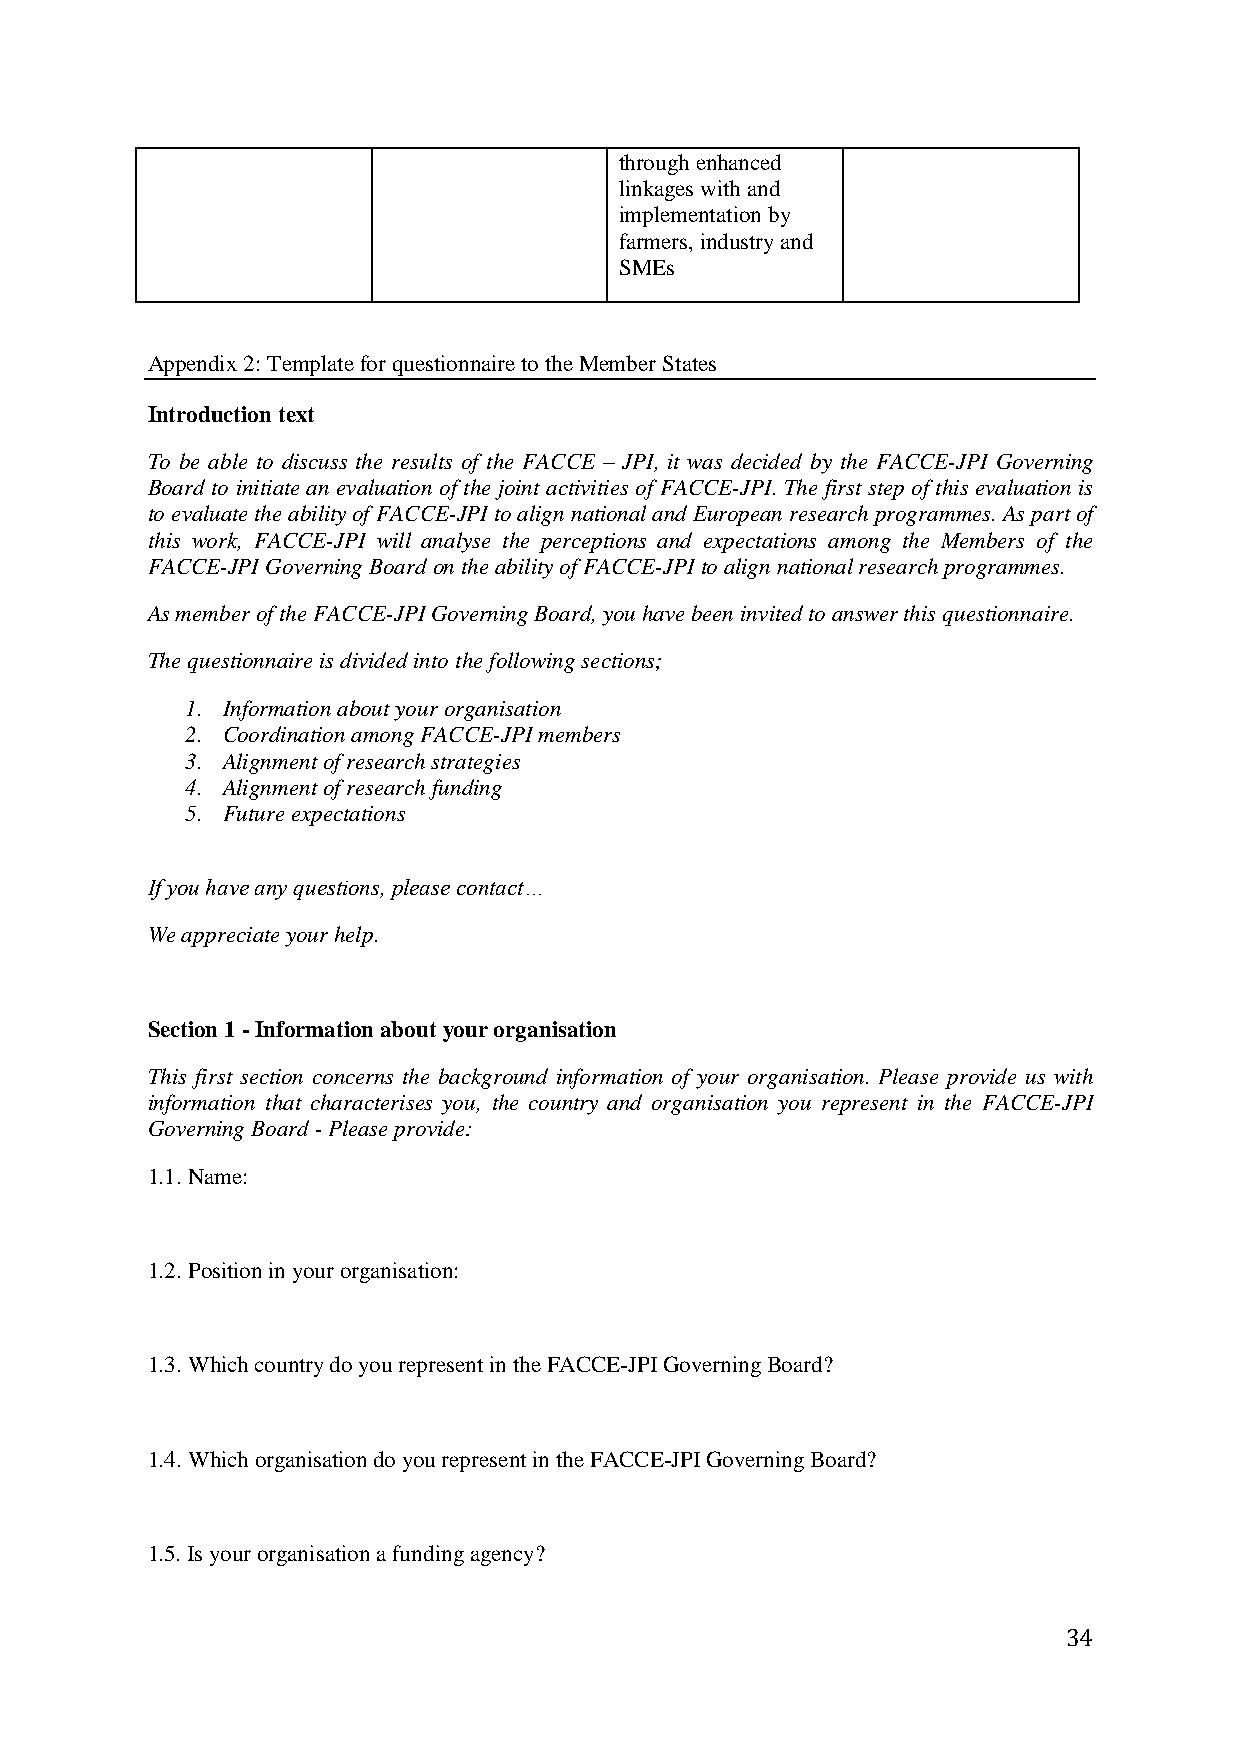
through enhanced
 linkages with and
 implementation by
 farmers, industry and
 SMEs
 Appendix 2: Template for questionnaire to the Member States
 Introduction text
 To be able to discuss the results of the FACCE – JPI, it was decided by the FACCE-JPI Governing
 Board to initiate an evaluation of the joint activities of FACCE-JPI. The first step of this evaluation is
 to evaluate the ability of FACCE-JPI to align national and European research programmes. As part of
 this work, FACCE-JPI will analyse the perceptions and expectations among the Members of the
 FACCE-JPI Governing Board on the ability of FACCE-JPI to align national research programmes.
 As member of the FACCE-JPI Governing Board, you have been invited to answer this questionnaire.
 The questionnaire is divided into the following sections;
 1. Information about your organisation
 2. Coordination among FACCE-JPI members
 3. Alignment of research strategies
 4. Alignment of research funding
 5. Future expectations
 If you have any questions, please contact…
 We appreciate your help.
 Section 1 - Information about your organisation
 This first section concerns the background information of your organisation. Please provide us with
 information that characterises you, the country and organisation you represent in the FACCE-JPI
 Governing Board - Please provide:
 1.1. Name:
 1.2. Position in your organisation:
 1.3. Which country do you represent in the FACCE-JPI Governing Board?
 1.4. Which organisation do you represent in the FACCE-JPI Governing Board?
 1.5. Is your organisation a funding agency?
 34